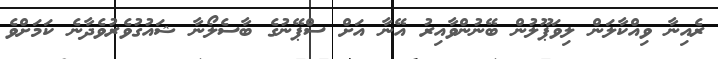
ރެއިނާ ވިއްކާލަން ލިވަޕޫލުން ބޭނުންވާއިރު އޭނާ އަށް ސްޕޭނުގެ ބާސެލޯނާ ޝައުގުވެރުވެދާނެ ކަމަށްވެ